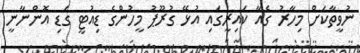
ނުވީތާކަށް މިހާރު ގެއާ ކައިރީގައި އުޅޭ ގުރޫޕު މީހުންގެ ޑިއުޓީ ގަޑި އޮންނާނީ